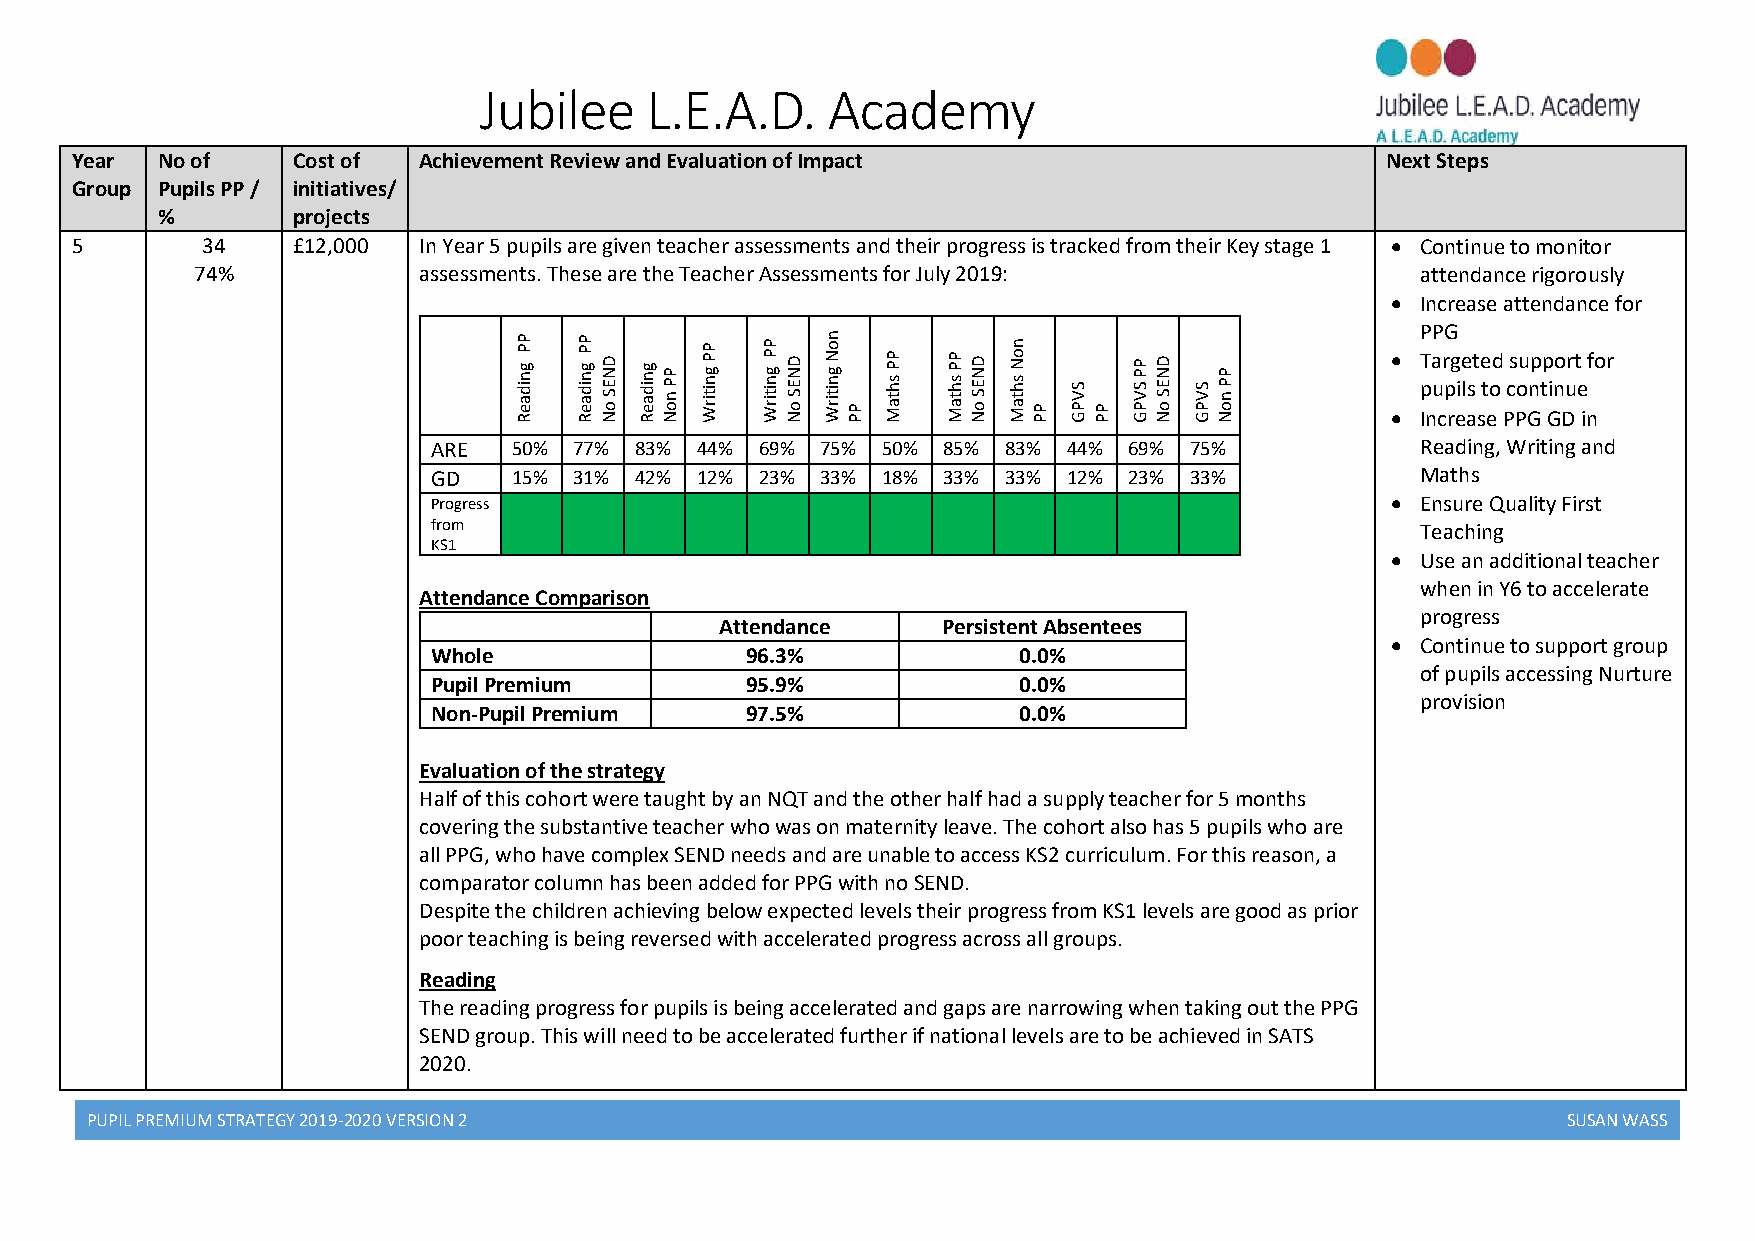
Jubilee    L.E.A.D.    Academy
 Year No of    Cost of  Achievement Review and Evaluation of Impact                     Next Steps
 Group Pupils PP / initiatives/
 %        projects
 5       34    £12,000  In Year 5 pupils are given teacher assessments and their progress is tracked from their Key stage 1  Continue to monitor
 74%            assessments. These are the Teacher Assessments for July 2019:     attendance rigorously
  Increase attendance for
 Reading
 PP
 Reading
 PP
 No
 SEND Reading
 Non
 PP Writing
 PP
 Writing
 PP
 No
 SEND Writing
 Non
 PP
 Maths
 PP
 Maths
 PP
 No
 SEND
 Maths
 Non
 PP
 GPVS
 PP
 GPVS
 PP
 No
 SEND
 GPVS
 Non
 PP         
 
 P
 T
 p
 InaP
 u
 crG
 p
 rg
 ei
 e
 ls
 at se
 t
 eod
 P
 cs Pou Gnp
 t
 p Gino Durt
 e
 i
 nf o r
 ARE  50% 77% 83% 44% 69% 75% 50% 85% 83%  44% 69% 75%            Reading, Writing and
 GD   15% 31% 42% 12% 23% 33% 18% 33% 33%  12% 23% 33%            Maths
 Progress                                                        Ensure Quality First
 from                                                             Teaching
 KS1
  Use an additional teacher
 when in Y6 to accelerate
 Attendance Comparison
 progress
 Attendance    Persistent Absentees
  Continue to support group
 Whole               96.3%             0.0%
 of pupils accessing Nurture
 Pupil Premium       95.9%             0.0%
 provision
 Non-Pupil Premium   97.5%             0.0%
 Evaluation of the strategy
 Half of this cohort were taught by an NQT and the other half had a supply teacher for 5 months
 covering the substantive teacher who was on maternity leave. The cohort also has 5 pupils who are
 all PPG, who have complex SEND needs and are unable to access KS2 curriculum. For this reason, a
 comparator column has been added for PPG with no SEND.
 Despite the children achieving below expected levels their progress from KS1 levels are good as prior
 poor teaching is being reversed with accelerated progress across all groups.
 Reading
 The reading progress for pupils is being accelerated and gaps are narrowing when taking out the PPG
 SEND group. This will need to be accelerated further if national levels are to be achieved in SATS
 2020.
 PUPIL PREMIUM STRATEGY 2019-2020 VERSION 2                                                        SUSAN WASS